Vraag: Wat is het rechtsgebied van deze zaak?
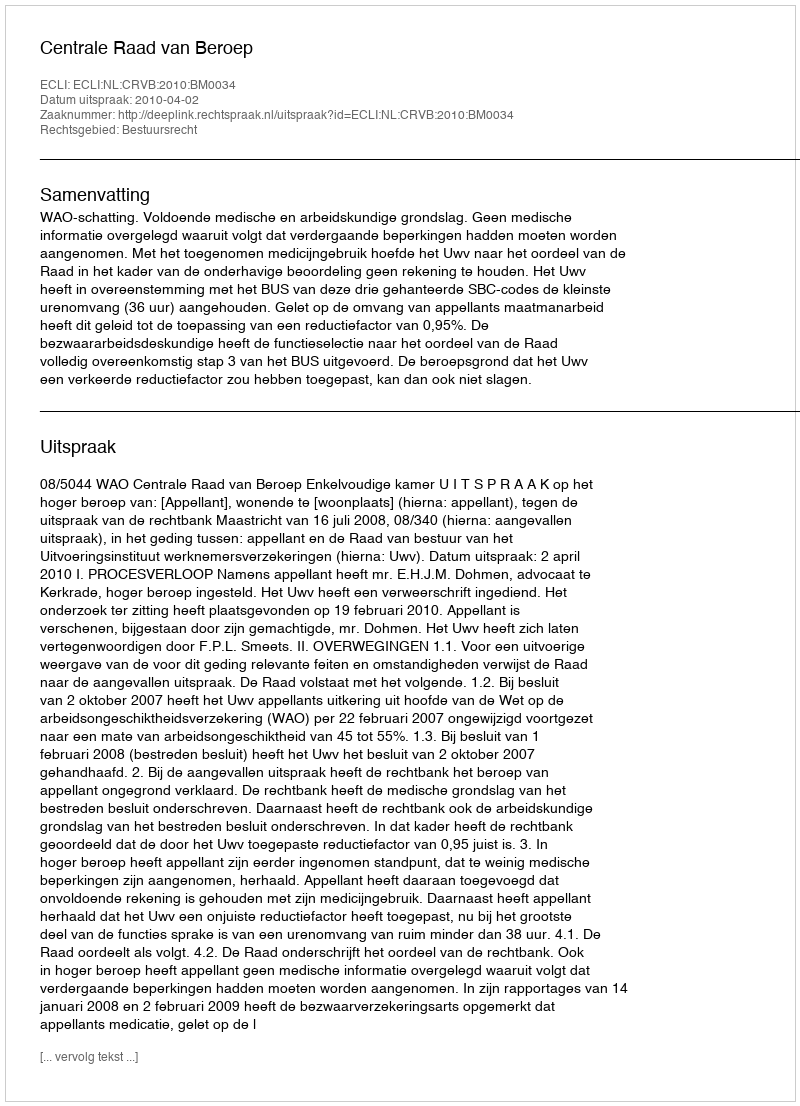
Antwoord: Bestuursrecht